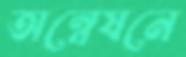
অন্বেষনে